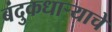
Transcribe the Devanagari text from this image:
बंदुकधाऱ्याचे